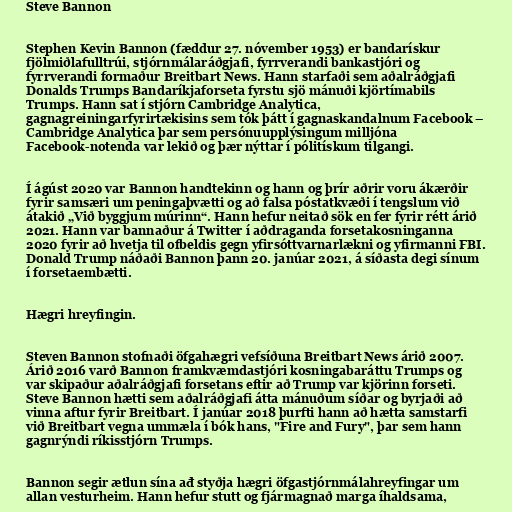
Steve Bannon

Stephen Kevin Bannon (fæddur 27. nóvember 1953) er bandarískur
fjölmiðlafulltrúi, stjórnmálaráðgjafi, fyrrverandi bankastjóri og
fyrrverandi formaður Breitbart News. Hann starfaði sem aðalráðgjafi
Donalds Trumps Bandaríkjaforseta fyrstu sjö mánuði kjörtímabils
Trumps. Hann sat í stjórn Cambridge Analytica,
gagnagreiningarfyrirtækisins sem tók þátt í gagnaskandalnum Facebook –
Cambridge Analytica þar sem persónuupplýsingum milljóna
Facebook-notenda var lekið og þær nýttar í pólitískum tilgangi.

Í ágúst 2020 var Bannon handtekinn og hann og þrír aðrir voru ákærðir
fyrir samsæri um peningaþvætti og að falsa póstatkvæði í tengslum við
átakið „Við byggjum múrinn“. Hann hefur neitað sök en fer fyrir rétt árið
2021. Hann var bannaður á Twitter í aðdraganda forsetakosninganna
2020 fyrir að hvetja til ofbeldis gegn yfirsóttvarnarlækni og yfirmanni FBI.
Donald Trump náðaði Bannon þann 20. janúar 2021, á síðasta degi sínum
í forsetaembætti.

Hægri hreyfingin.

Steven Bannon stofnaði öfgahægri vefsíðuna Breitbart News árið 2007.
Árið 2016 varð Bannon framkvæmdastjóri kosningabaráttu Trumps og
var skipaður aðalráðgjafi forsetans eftir að Trump var kjörinn forseti.
Steve Bannon hætti sem aðalráðgjafi átta mánuðum síðar og byrjaði að
vinna aftur fyrir Breitbart. Í janúar 2018 þurfti hann að hætta samstarfi
við Breitbart vegna ummæla í bók hans, "Fire and Fury", þar sem hann
gagnrýndi ríkisstjórn Trumps.

Bannon segir ætlun sína ađ styðja hægri öfgastjórnmálahreyfingar um
allan vesturheim. Hann hefur stutt og fjármagnað marga íhaldsama,